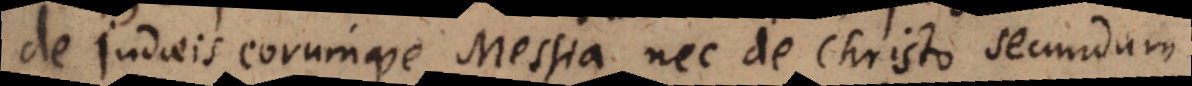
de Judaeis eorumve Messia, nec de Christo secundum